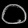
Digit: ၀